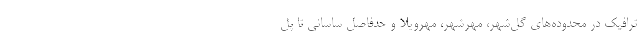
ترافیک در محدوده‌های گل‌شهر، مهرشهر، مهرویلا و حدفاصل ساسانی تا پل